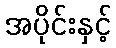
အပိုင်းနှင့်